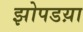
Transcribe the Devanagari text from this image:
झोपडय़ा